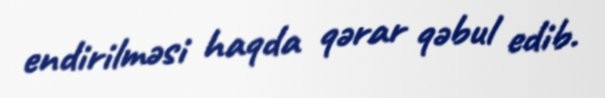
endirilməsi haqda qərar qəbul edib.